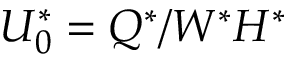
U _ { 0 } ^ { * } = Q ^ { * } / W ^ { * } H ^ { * }